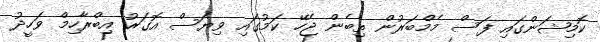
ކޮމިޝަންގައި ފަސް މެމްބަރުން ތިބެން ޖެހޭ ކަމުގައި ވިޔަސް އޮގަރު އިބްރާހިމް ވަހީދު